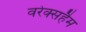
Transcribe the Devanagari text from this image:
वरेक्सहैम